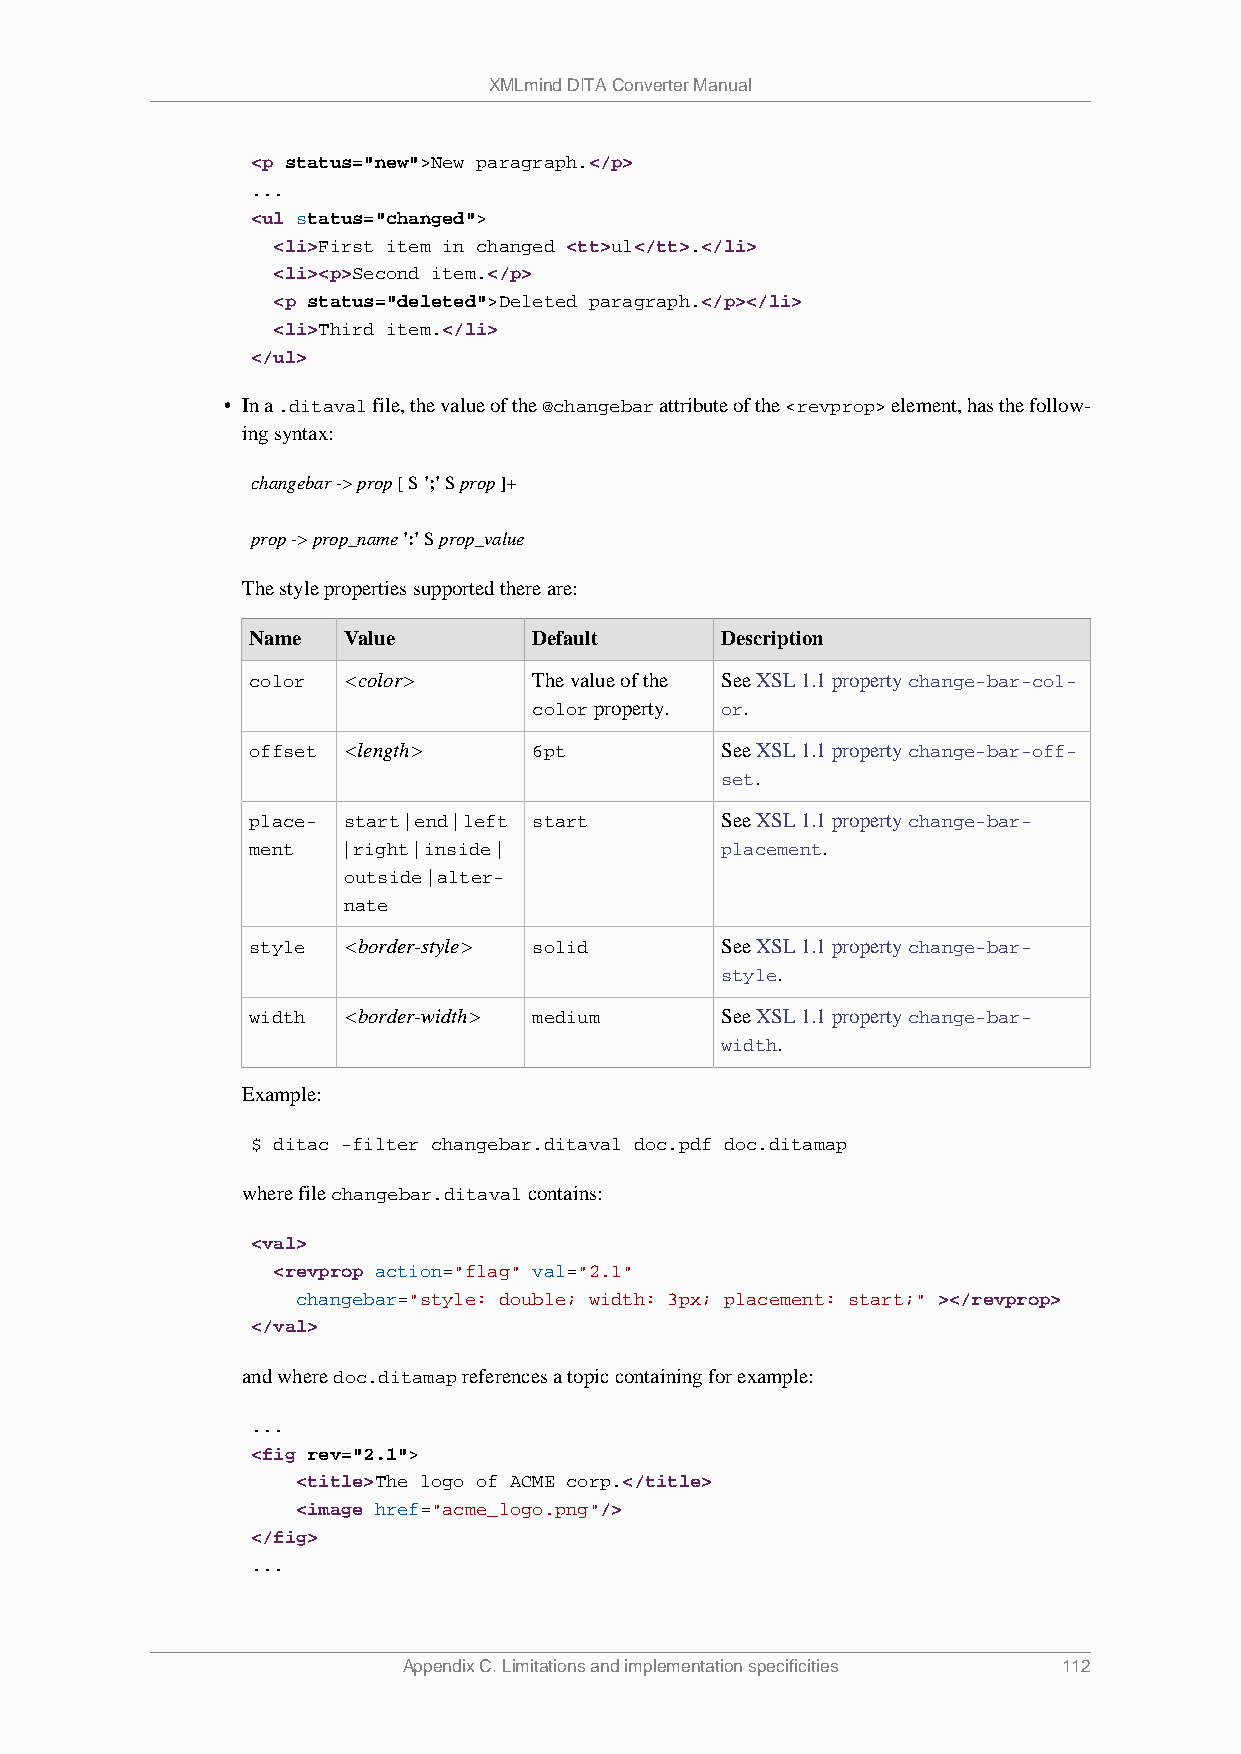
XMLmind DITA Converter Manual
 <p status="new">New paragraph.</p>
 ...
 <ul status="changed">
 <li>First item in changed <tt>ul</tt>.</li>
 <li><p>Second item.</p>
 <p status="deleted">Deleted paragraph.</p></li>
 <li>Third item.</li>
 </ul>
 • In a .ditaval file, the value of the @changebar attribute of the <revprop> element, has the follow-
 ing syntax:
 changebar -> prop [ S ';' S prop ]+
 prop -> prop_name ':' S prop_value
 The style properties supported there are:
 Name   Value       Default      Description
 color  <color>     The value of the See XSL 1.1 property change-bar-col-
 color property. or.
 offset <length>    6pt          See XSL 1.1 property change-bar-off-
 set.
 place- start | end | left start See XSL 1.1 property change-bar-
 ment   | right | inside |       placement.
 outside | alter-
 nate
 style  <border-style> solid     See XSL 1.1 property change-bar-
 style.
 width  <border-width> medium    See XSL 1.1 property change-bar-
 width.
 Example:
 $ ditac -filter changebar.ditaval doc.pdf doc.ditamap
 where file changebar.ditaval contains:
 <val>
 <revprop action="flag" val="2.1"
 changebar="style: double; width: 3px; placement: start;" ></revprop>
 </val>
 and where doc.ditamap references a topic containing for example:
 ...
 <fig rev="2.1">
 <title>The logo of ACME corp.</title>
 <image href="acme_logo.png"/>
 </fig>
 ...
 Appendix C. Limitations and implementation specificities 112